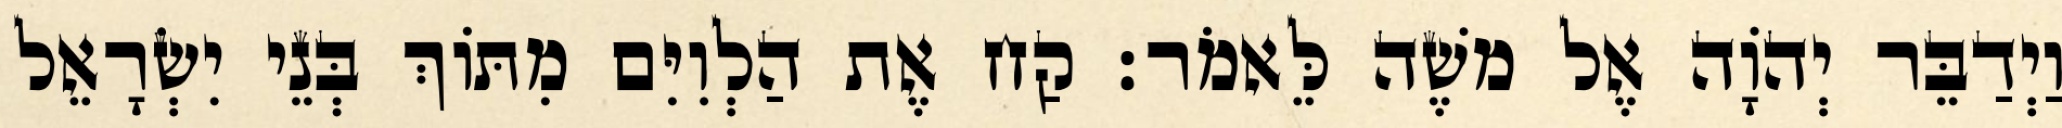
וַיְדַבֵּר יְהוָֹה אֶל משֶׁה לֵּאמֹר׃ קַח אֶת הַלְוִיִּם מִתּוֹךְ בְּנֵי יִשְׂרָאֵל